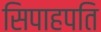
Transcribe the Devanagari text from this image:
सिपाहपति